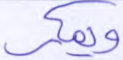
ويمكر